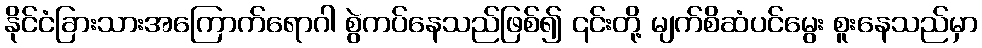
နိုင်ငံခြားသားအကြောက်ရောဂါ စွဲကပ်နေသည်ဖြစ်၍ ၎င်းတို့ မျက်စိဆံပင်မွေး စူးနေသည်မှာ